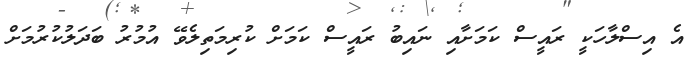
އެ އިސްލާހަކީ ރައީސް ކަމަށާއި ނައިބު ރައީސް ކަމަށް ކުރިމަތިލެވޭ އުމުރު ބަދަލުކުރުމަށް